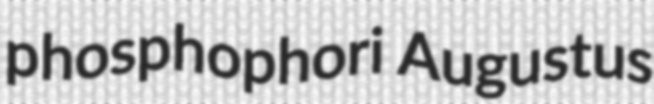
phosphophori Augustus